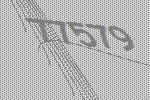
77579